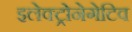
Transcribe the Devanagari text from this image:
इलेक्ट्रोनेगेटिव